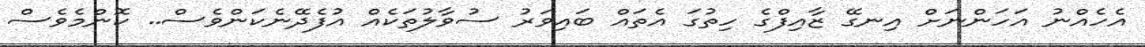
އެހެއްނު އަހަންނަށް އިނގޭ ޒާއިފްގެ ހިތުގަ އެތައް ބައިވަރު ސުވާލުތަކެއް އުފެދޭނެކަންވެސް.. ކޮންމެވެސް